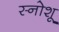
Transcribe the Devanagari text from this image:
स्नोशू